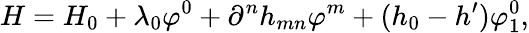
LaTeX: H=H_{0}+\lambda_{0}\varphi^{0}+\partial^{n}h_{mn}\varphi^{m}+(h_{0}-h^{\prime})\varphi_{1}^{0},